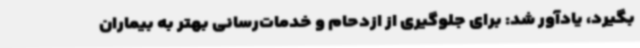
بگیرد، یادآور شد: برای جلوگیری از ازدحام و خدمات‌رسانی بهتر به بیماران